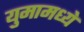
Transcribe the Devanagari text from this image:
युमामध्ये